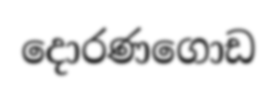
දොරණගොඩ